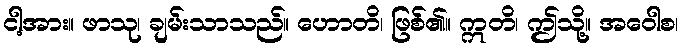
ငါ့အား။ ဖာသု၊ ချမ်းသာသည်။ ဟောတိ၊ ဖြစ်၏။ ဣတိ၊ ဤသို့။ အဝေါစ၊